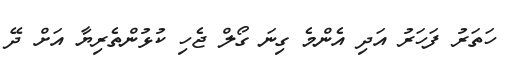
ހަތަރު ފަހަރު އަދި އެންމެ ގިނަ ގޯލް ޖެހި ކުޅުންތެރިޔާ އަށް ދޭ